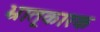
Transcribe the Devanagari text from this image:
भ्रातृ्कारक